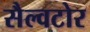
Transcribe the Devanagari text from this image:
सैल्वटोर